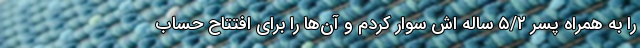
را به همراه پسر ۵/۲ ساله اش سوار کردم و آن‌ها را برای افتتاح حساب